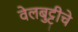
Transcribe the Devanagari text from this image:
वेलबुट्टीचे